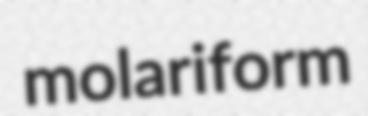
molariform